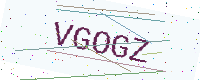
Text: VGOGZ